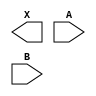
module sky130_fd_sc_hd__or2 (
    X,
    A,
    B
);

    output X;
    input  A;
    input  B;

    // Voltage supply signals
    supply1 VPWR;
    supply0 VGND;
    supply1 VPB ;
    supply0 VNB ;

endmodule